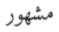
مشھور